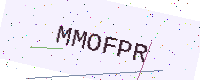
Text: MMOFPR